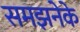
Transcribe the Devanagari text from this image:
समझनेके